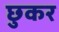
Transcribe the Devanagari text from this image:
छुकर